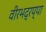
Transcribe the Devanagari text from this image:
वीरभद्रप्पा